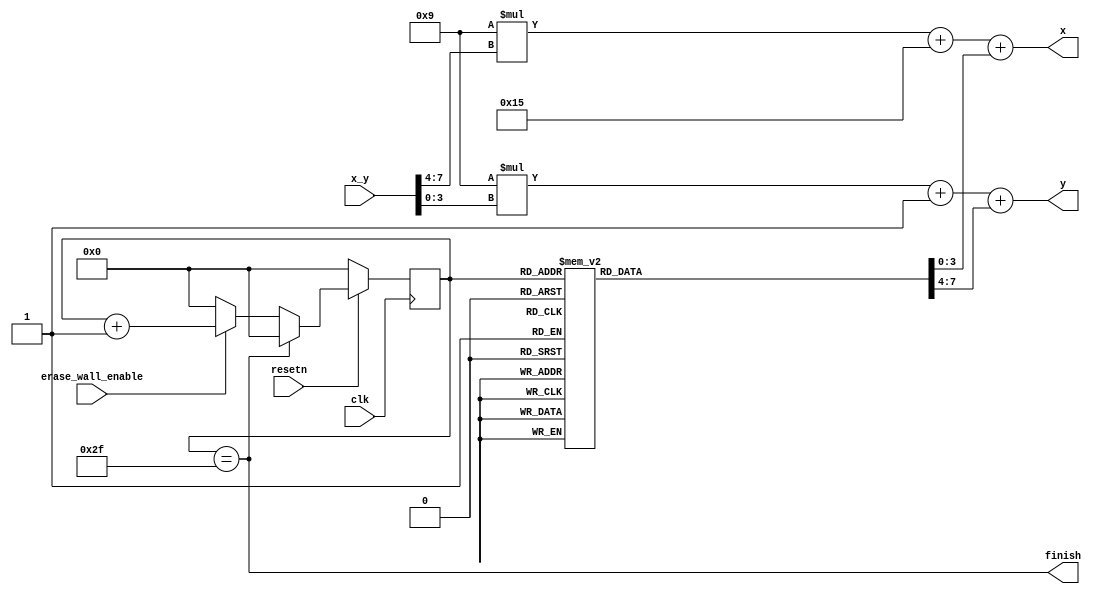
module erase_wall(clk,resetn,erase_wall_enable,x_y,x,y,finish);
	input clk,resetn;
	input erase_wall_enable;
	input [7:0] x_y;
	output [7:0] x;
	output [6:0] y;
	output finish;
	reg [5:0] counter_output;
	reg [3:0] xp,yp;
	
	assign x = 4'd9*x_y[7:4] + 5'd21 + xp;
	assign y = 4'd9*x_y[3:0] + 1'b1 + yp;
	assign finish = (counter_output == 6'd47);
	always @(posedge clk)
	begin
		if(!resetn)
			counter_output <= 6'd0;
		else if(counter_output == 6'd47)
			counter_output <= 6'd0;
		else if(!erase_wall_enable)
			counter_output <= 6'd0;
		else
			counter_output <= counter_output + 1'b1;
	end
	
	always @(*)
	begin
		case(counter_output)
			6'd0: begin
				xp = 4'd0;
				yp = 4'd0;
				end
			6'd1: begin
				xp = 4'd2;
				yp = 4'd0;
				end
			6'd2: begin
				xp = 4'd3;
				yp = 4'd0;
				end
			6'd3: begin
				xp = 4'd4;
				yp = 4'd0;
				end
			6'd4: begin
				xp = 4'd5;
				yp = 4'd0;
				end
			6'd5: begin
				xp = 4'd6;
				yp = 4'd0;
				end
			6'd6: begin
				xp = 4'd7;
				yp = 4'd0;
				end
			6'd7: begin
				xp = 4'd8;
				yp = 4'd0;
				end
			6'd8: begin
				xp = 4'd0;
				yp = 4'd2;
				end
			6'd9: begin
				xp = 4'd1;
				yp = 4'd2;
				end
			6'd10: begin
				xp = 4'd2;
				yp = 4'd2;
				end
			6'd11: begin
				xp = 4'd3;
				yp = 4'd2;
				end
			6'd12: begin
				xp = 4'd5;
				yp = 4'd2;
				end
			6'd13: begin
				xp = 4'd6;
				yp = 4'd2;
				end
			6'd14: begin
				xp = 4'd7;
				yp = 4'd2;
				end
			6'd15: begin
				xp = 4'd8;
				yp = 4'd2;
				end
			6'd16: begin
				xp = 4'd0;
				yp = 4'd3;
				end
			6'd17: begin
				xp = 4'd1;
				yp = 4'd3;
				end
			6'd18: begin
				xp = 4'd2;
				yp = 4'd3;
				end
			6'd19: begin
				xp = 4'd3;
				yp = 4'd3;
				end
			6'd20: begin
				xp = 4'd5;
				yp = 4'd3;
				end
			6'd21: begin
				xp = 4'd6;
				yp = 4'd3;
				end
			6'd22: begin
				xp = 4'd7;
				yp = 4'd3;
				end
			6'd23: begin
				xp = 4'd8;
				yp = 4'd3;
				end
			6'd24: begin
				xp = 4'd0;
				yp = 4'd5;
				end
			6'd25: begin
				xp = 4'd1;
				yp = 4'd5;
				end
			6'd26: begin
				xp = 4'd2;
				yp = 4'd5;
				end
			6'd27: begin
				xp = 4'd3;
				yp = 4'd5;
				end
			6'd28: begin
				xp = 4'd4;
				yp = 4'd5;
				end
			6'd29: begin
				xp = 4'd5;
				yp = 4'd5;
				end
			6'd30: begin
				xp = 4'd6;
				yp = 4'd5;
				end
			6'd31: begin
				xp = 4'd8;
				yp = 4'd5;
				end
			6'd32: begin
				xp = 4'd0;
				yp = 4'd6;
				end
			6'd33: begin
				xp = 4'd1;
				yp = 4'd6;
				end
			6'd34: begin
				xp = 4'd2;
				yp = 4'd6;
				end
			6'd35: begin
				xp = 4'd3;
				yp = 4'd6;
				end
			6'd36: begin
				xp = 4'd4;
				yp = 4'd6;
				end
			6'd37: begin
				xp = 4'd5;
				yp = 4'd6;
				end
			6'd38: begin
				xp = 4'd6;
				yp = 4'd6;
				end
			6'd39: begin
				xp = 4'd8;
				yp = 4'd6;
				end
			6'd40: begin
				xp = 4'd0;
				yp = 4'd8;
				end
			6'd41: begin
				xp = 4'd2;
				yp = 4'd8;
				end
			6'd42: begin
				xp = 4'd3;
				yp = 4'd8;
				end
			6'd43: begin
				xp = 4'd4;
				yp = 4'd8;
				end
			6'd44: begin
				xp = 4'd5;
				yp = 4'd8;
				end
			6'd45: begin
				xp = 4'd6;
				yp = 4'd8;
				end
			6'd46: begin
				xp = 4'd7;
				yp = 4'd8;
				end
			6'd47: begin
				xp = 4'd8;
				yp = 4'd8;
				end
			default: begin
				xp = 4'd0;
				yp = 4'd0;
				end
		endcase
	end
endmodule